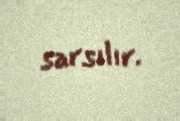
sarsılır.